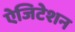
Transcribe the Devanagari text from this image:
ऐजिटेशन